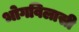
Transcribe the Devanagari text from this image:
भोगविलासी